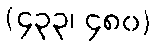
(၄၃၃၊ ၄၈၀)